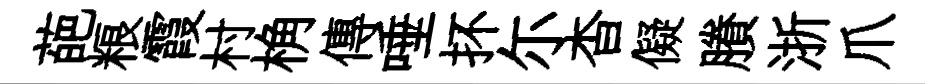
葩粮霞村桷傳唾抔尓杳儗賸浙爪